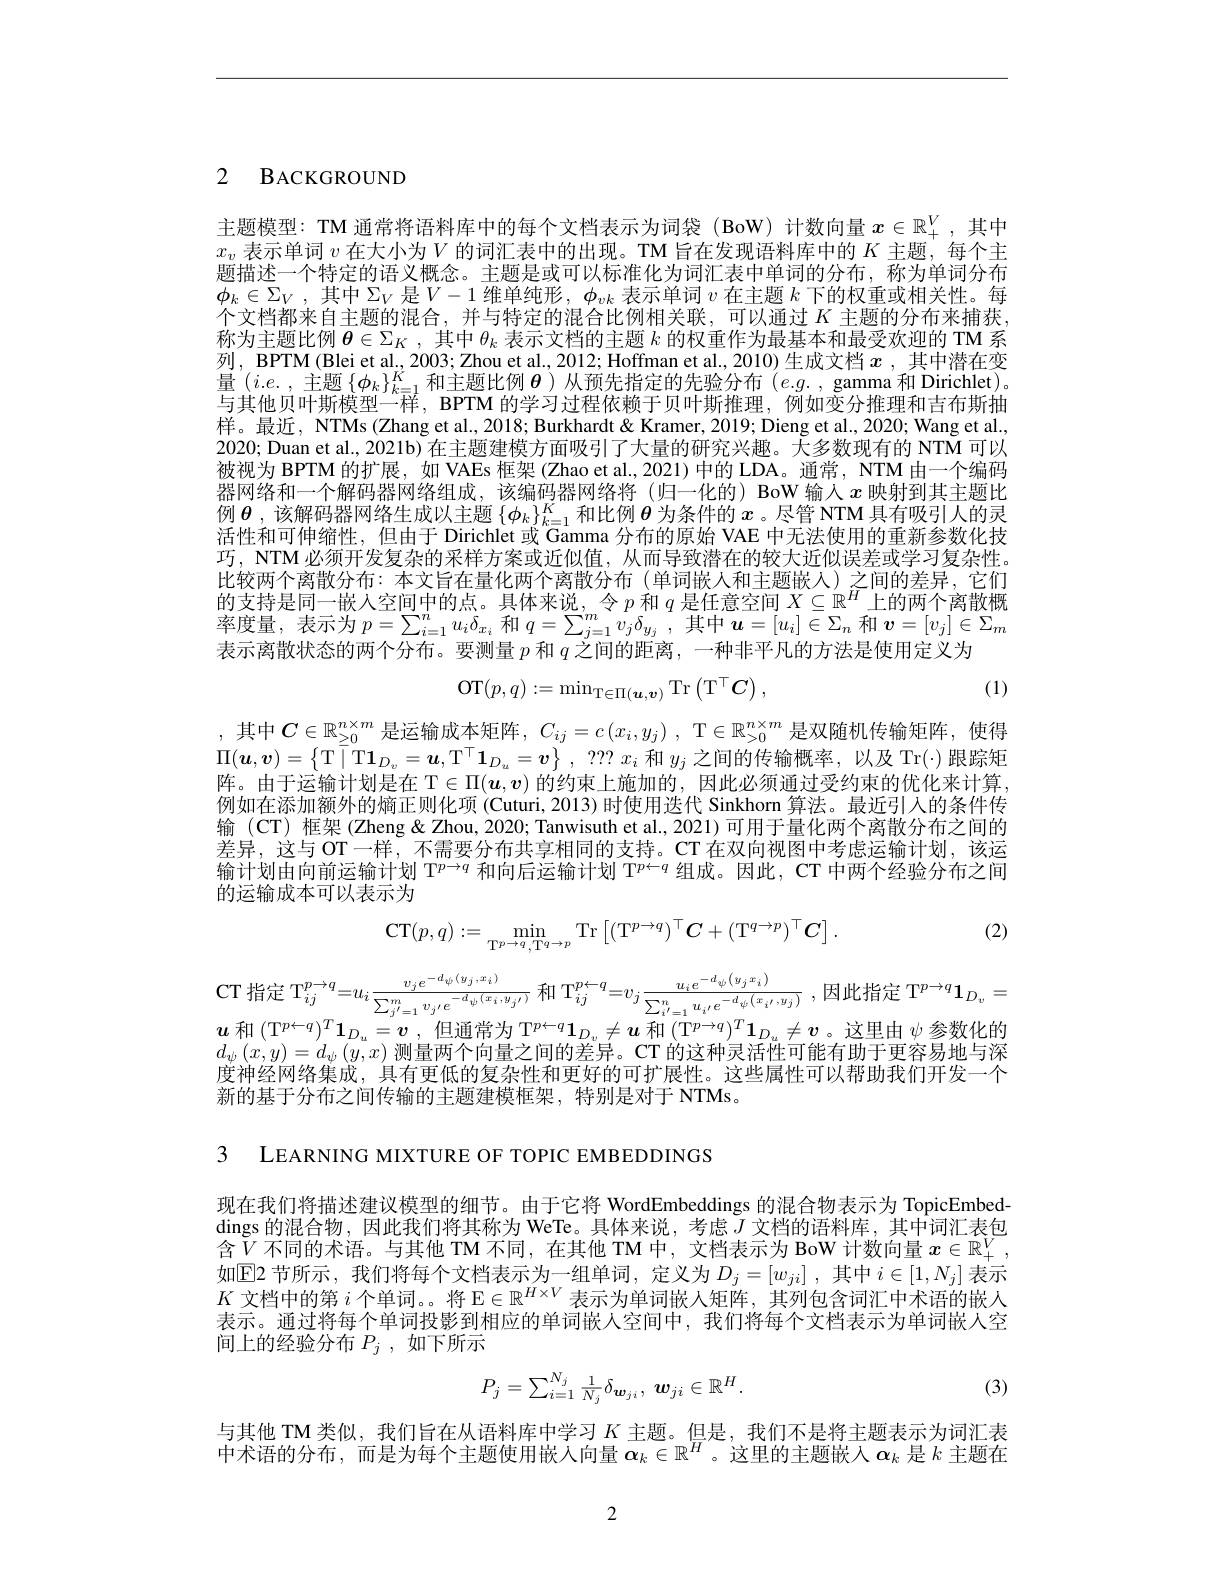
2 BACKGROUND

主题模型：TM 通常将语料库中的每个文档表示为词袋(BoW)计数向量$x\in\mathbb{R}_+^V$ ,其中$x_v$表示单词$v$在大小为$V$的词汇表中的出现。TM 旨在发现语料库中的$K$主题，每个主题描述一个特定的语义概念。主题是或可以标准化为词汇表中单词的分布，称为单词分布$\phi_k\in\Sigma_V$,其中$\Sigma_V$是$V-1$维单纯形$,\phi_vk$表示单词$v$在主题$k$下的权重或相关性。每个文档都来自主题的混合，并与特定的混合比例相关联，可以通过$K$ 主题的分布来捕获， 称为主题比例$\boldsymbol{\theta}\in\Sigma_K$,其中$\theta_k$表示文档的主题$k$的权重作为最基本和最受欢迎的 TM 系列，BPTM (Blei et al., 2003; Zhou et al., 2012; Hoffman et al., 2010) 生成文档$x$ ,其中潜在变量$(i.e.$,主题$\{\phi_k\}_k=1^K$和主题比例$\boldsymbol\theta)$从预先指定的先验分布$(e.g.$,gamma和Dirichlet)。与其他贝叶斯模型一样，BPTM 的学习过程依赖于贝叶斯推理，例如变分推理和吉布斯抽样。最近，NTMs (Zhang et al., 2018; Burkhardt & Kramer, 2019; Dieng et al., 2020; Wang et al. 2020; Duan et al., 2021b) 在主题建模方面吸引了大量的研究兴趣。大多数现有的 NTM 可以被视为 BPTM 的扩展，如 VAEs 框架 (Zhao et al., 2021) 中的 LDA。通常，NTM 由一个编码器网络和一个解码器网络组成，该编码器网络将(归一化的) BoW 输入$x$映射到其主题比例$\boldsymbol{\theta}$ ,该解码器网络生成以主题$\{\phi_k\}_{k=1}^K$和比例$\boldsymbol{\theta}$为条件的$x$ 。尽管 NTM 具有吸引人的灵活性和可伸缩性，但由于 Dirichlet 或 Gamma 分布的原始 VAE 中无法使用的重新参数化技巧，NTM 必须开发复杂的采样方案或近似值，从而导致潜在的较大近似误差或学习复杂性。比较两个离散分布：本文旨在量化两个离散分布(单词嵌人和主题嵌人)之间的差异，它们的支持是同一嵌人空间中的点。具体来说，令$p$和$q$是任意空间$X\subseteq\mathbb{R}^H$上的两个离散概率度量，表示为$p=\sum_i=1^nu_i\delta_{x_i}$和$q=\sum_j=1^mv_j\delta_{y_j}$,其中$\boldsymbol u=[u_i]\in\Sigma_n$和$\boldsymbol v=[v_j]\in\Sigma_m$ 表示离散状态的两个分布。要测量$p$和$q$之间的距离，一种非平凡的方法是使用定义为
$$\mathrm{OT}(p,q):=\min_{\mathrm{T}\in\Pi(\boldsymbol{u},\boldsymbol{v})}\mathrm{Tr}\left(\mathrm{T}^{\top}\boldsymbol{C}\right),$$
(1)

,其中$C\in\mathbb{R}_\geq0^{n\times m}$ 是运输成本矩阵，$C_ij=c\left(x_i,y_j\right)$, T$\in\mathbb{R}_>0^{n\times m}$ 是双随机传输矩阵，使得$\Pi ( \boldsymbol{u}, \boldsymbol{v}) = \left \{ \mathrm{T} \mid \mathrm{T1}_{D_v}= \boldsymbol{u}, \mathrm{T} ^\top \mathbf{1} _{D_u}= \boldsymbol{v}\right \} $, ??? $x_i$和$y_j$之间的传输概率，以及 Tr$(\cdot)$跟踪矩阵。由于运输计划是在 T$\in\Pi(\boldsymbol{u},\boldsymbol{v})$的约束上施加的，因此必须通过受约束的优化来计算， 例如在添加额外的熵正则化项 (Cuturi, 2013) 时使用迭代 Sinkhorm 算法。最近引人的条件传输 (CT) 框架 (Zheng & Zhou, 2020; Tanwisuth et al., 2021) 可用于量化两个离散分布之间的差异，这与 OT一样，不需要分布共享相同的支持。CT 在双向视图中考虑运输计划，该运输计划由向前运输计划$\mathbb{T}^{p\to q}$和向后运输计划$\mathbb{T}^{p\leftarrow q}$组成。因此，CT 中两个经验分布之间的运输成本可以表示为

(2)
$$\mathrm{CT}(p,q):=\min_{\mathrm{T}^{p\to q},\mathrm{T}^{q\to p}}\mathrm{Tr}\left[\left(\mathrm{T}^{p\to q}\right)^{\top}C+\left(\mathrm{T}^{q\to p}\right)^{\top}C\right].$$
$\mathbb{T}$指定 T$_ij^{p\to q}=u_{i}\frac{v_{j}e^{-d_{\psi}(y_{j},x_{i})}}{\sum_{j^{\prime}=1}^{m}v_{j^{\prime}}e^{-d_{\psi}(x_{i},y_{j^{\prime}})}}$ 和 $\mathrm{T}_ij^{p\leftarrow q}=v_{j}\frac{u_{i}e^{-d_{\psi}\left(y_{j}x_{i}\right)}{\sum_{i^{\prime}=1}^{n}u_{i^{\prime}}e^{-d_{\psi}\left(x_{i^{\prime}},y_{j}\right)}}}\:$,因此指定 T$^p\to q\mathbf{1}_{D_{v}}$ $\boldsymbol{u}$ 和 $(\mathrm{T}^p\leftarrow q)^T\mathbf{1}_{D_u}=\boldsymbol{v}$, 但通常为 $\mathrm{T}^p\leftarrow q\mathbf{1}_{D_v}\neq\boldsymbol{u}$ 和$(\mathrm{T}^p\rightarrow q)^T\mathbf{1}_{D_u}\neq\boldsymbol{v}$。这里由$\psi$参数化的

$d_\psi\left(x,y\right)=d_\psi\left(y,x\right)$测量两个向量之间的差异。CT 的这种灵活性可能有助于更容易地与深度神经网络集成，具有电低的复杂性和电好的可扩展性。这些属性可以帮助我们开发一个新的基于分布之间传输的主题建模框架，特别是对于 NTMs。

3 LEARNING MIXTURE OF TOPIC EMBEDDINGS

现在我们将描述建议模型的细节。由于它将 WordEmbeddings 的混合物表示为 TopicEmbeddings 的混合物，因此我们将其称为 WeTe。具体来说，考虑$J$文档的语料库，其中词汇表包含$\tilde{V}$ 不同的术语。与其他 TM 不同，在其他 TM 中，文档表示为 BoW 计数向量 $x\in\mathbb{R}_+^V$, 如$\operatorname{E\text{2节所示，我们将每个文档表示为一组单词，定义为}}D_j=[w_{ji}]$ ,其中 $i\in[1,N_j]$ 表示$K$文档中的第$i$个单词。。将 E$\in\mathbb{R}^H\times V$表示为单词嵌人矩阵，其列包含词汇中术语的嵌入表示。通过将每个单词投影到相应的单词嵌人空间中，我们将每个文档表示为单词嵌人空间上的经验分布$P_j$,如下所示
$$P_j=\sum_{i=1}^{N_j}\frac{1}{N_j}\delta_{\boldsymbol{w}_{ji}},\:\boldsymbol{w}_{ji}\in\mathbb{R}^H.$$
(3)

与其他 TM 类似，我们旨在从语料库中学习$K$主题。但是，我们不是将主题表示为词汇表中术语的分布，而是为每个主题使用嵌人向量$\boldsymbol{\alpha}_k\in\mathbb{R}^H$ 。这里的主题嵌入$\boldsymbol{\alpha}_k$是$k$主题在

2